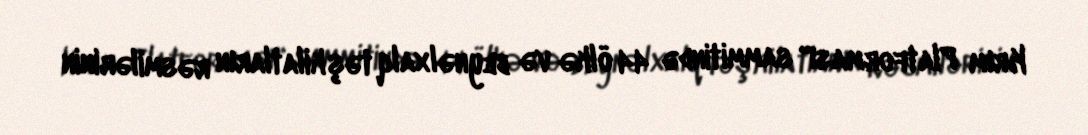
Krım Platforması" sammitində 44 ölkə və beynəlxalq təşkilatların rəsmilərinin